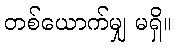
တစ်ယောက်မျှ မရှိ။